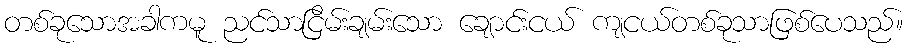
တစ်ခုသောအခါကမူ ညင်သာငြိမ်းချမ်းသော ချောင်းငယ် ကျငယ်တစ်ခုသာဖြစ်ပေသည်။